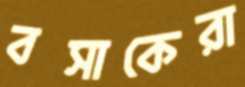
বসাকেরা